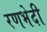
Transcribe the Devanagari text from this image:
रणभेदी